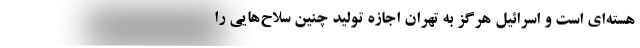
هسته‌ای است و اسرائیل هرگز به تهران اجازه تولید چنین سلاح‌هایی را